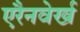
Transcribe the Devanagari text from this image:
एरैनवेर्ख